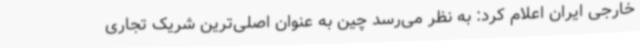
خارجی ایران اعلام کرد: به نظر می‌رسد چین به عنوان اصلی‌ترین شریک تجاری